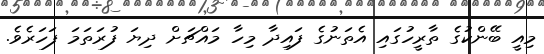
މިއީ ބޭންކުގެ ތާރީހުގައި އެތަނުގެ ފައިދާ މިހާ މައްޗަށް ދިޔަ ފުރަތަމަ ފަހަރެވެ.